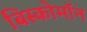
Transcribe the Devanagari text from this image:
बिस्कोमॉन